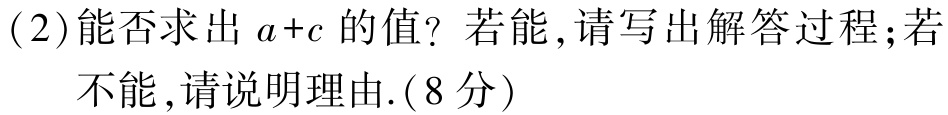
(2)能否求出 \(a + c\) 的值？若能,请写出解答过程；若

   不能,请说明理由.(8分)